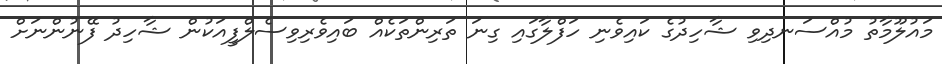
މައުލޫމާތު މުއްސަނދިވި ޝާހިދުގެ ކައިވެނި ހަފްލާގައި ގިނަ ތަރިންތަކެއް ބައިވެރިވިސެލްފީއަކުން ޝާހިދު ފޭނުންނަށް